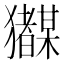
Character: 𭸲